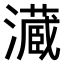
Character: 𤂘